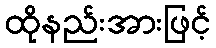
ထိုနည်းအားဖြင့်